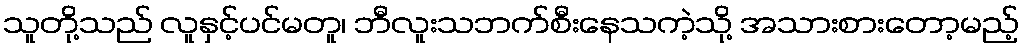
သူတို့သည် လူနှင့်ပင်မတူ၊ ဘီလူးသဘက်စီးနေသကဲ့သို့ အသားစားတော့မည့်